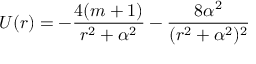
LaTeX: U ( r ) = - { \frac { 4 ( m + 1 ) } { r ^ { 2 } + \alpha ^ { 2 } } } - { \frac { 8 \alpha ^ { 2 } } { ( r ^ { 2 } + \alpha ^ { 2 } ) ^ { 2 } } }